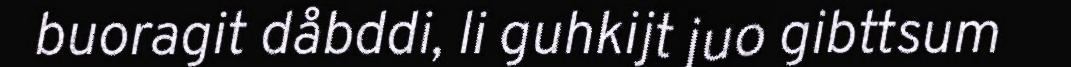
buoragit dåbddi, li guhkijt juo gibttsum